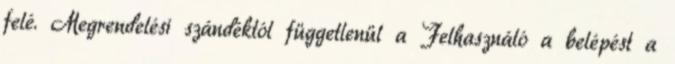
felé. Megrendelési szándéktól függetlenül a Felhasználó a belépést a